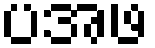
ပအဖ